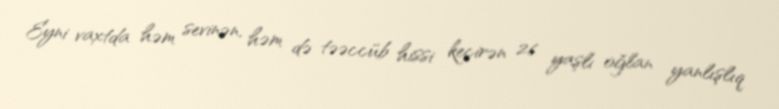
Eyni vaxtda həm sevinən, həm də təəccüb hissi keçirən 26 yaşlı oğlan yanlışlıq